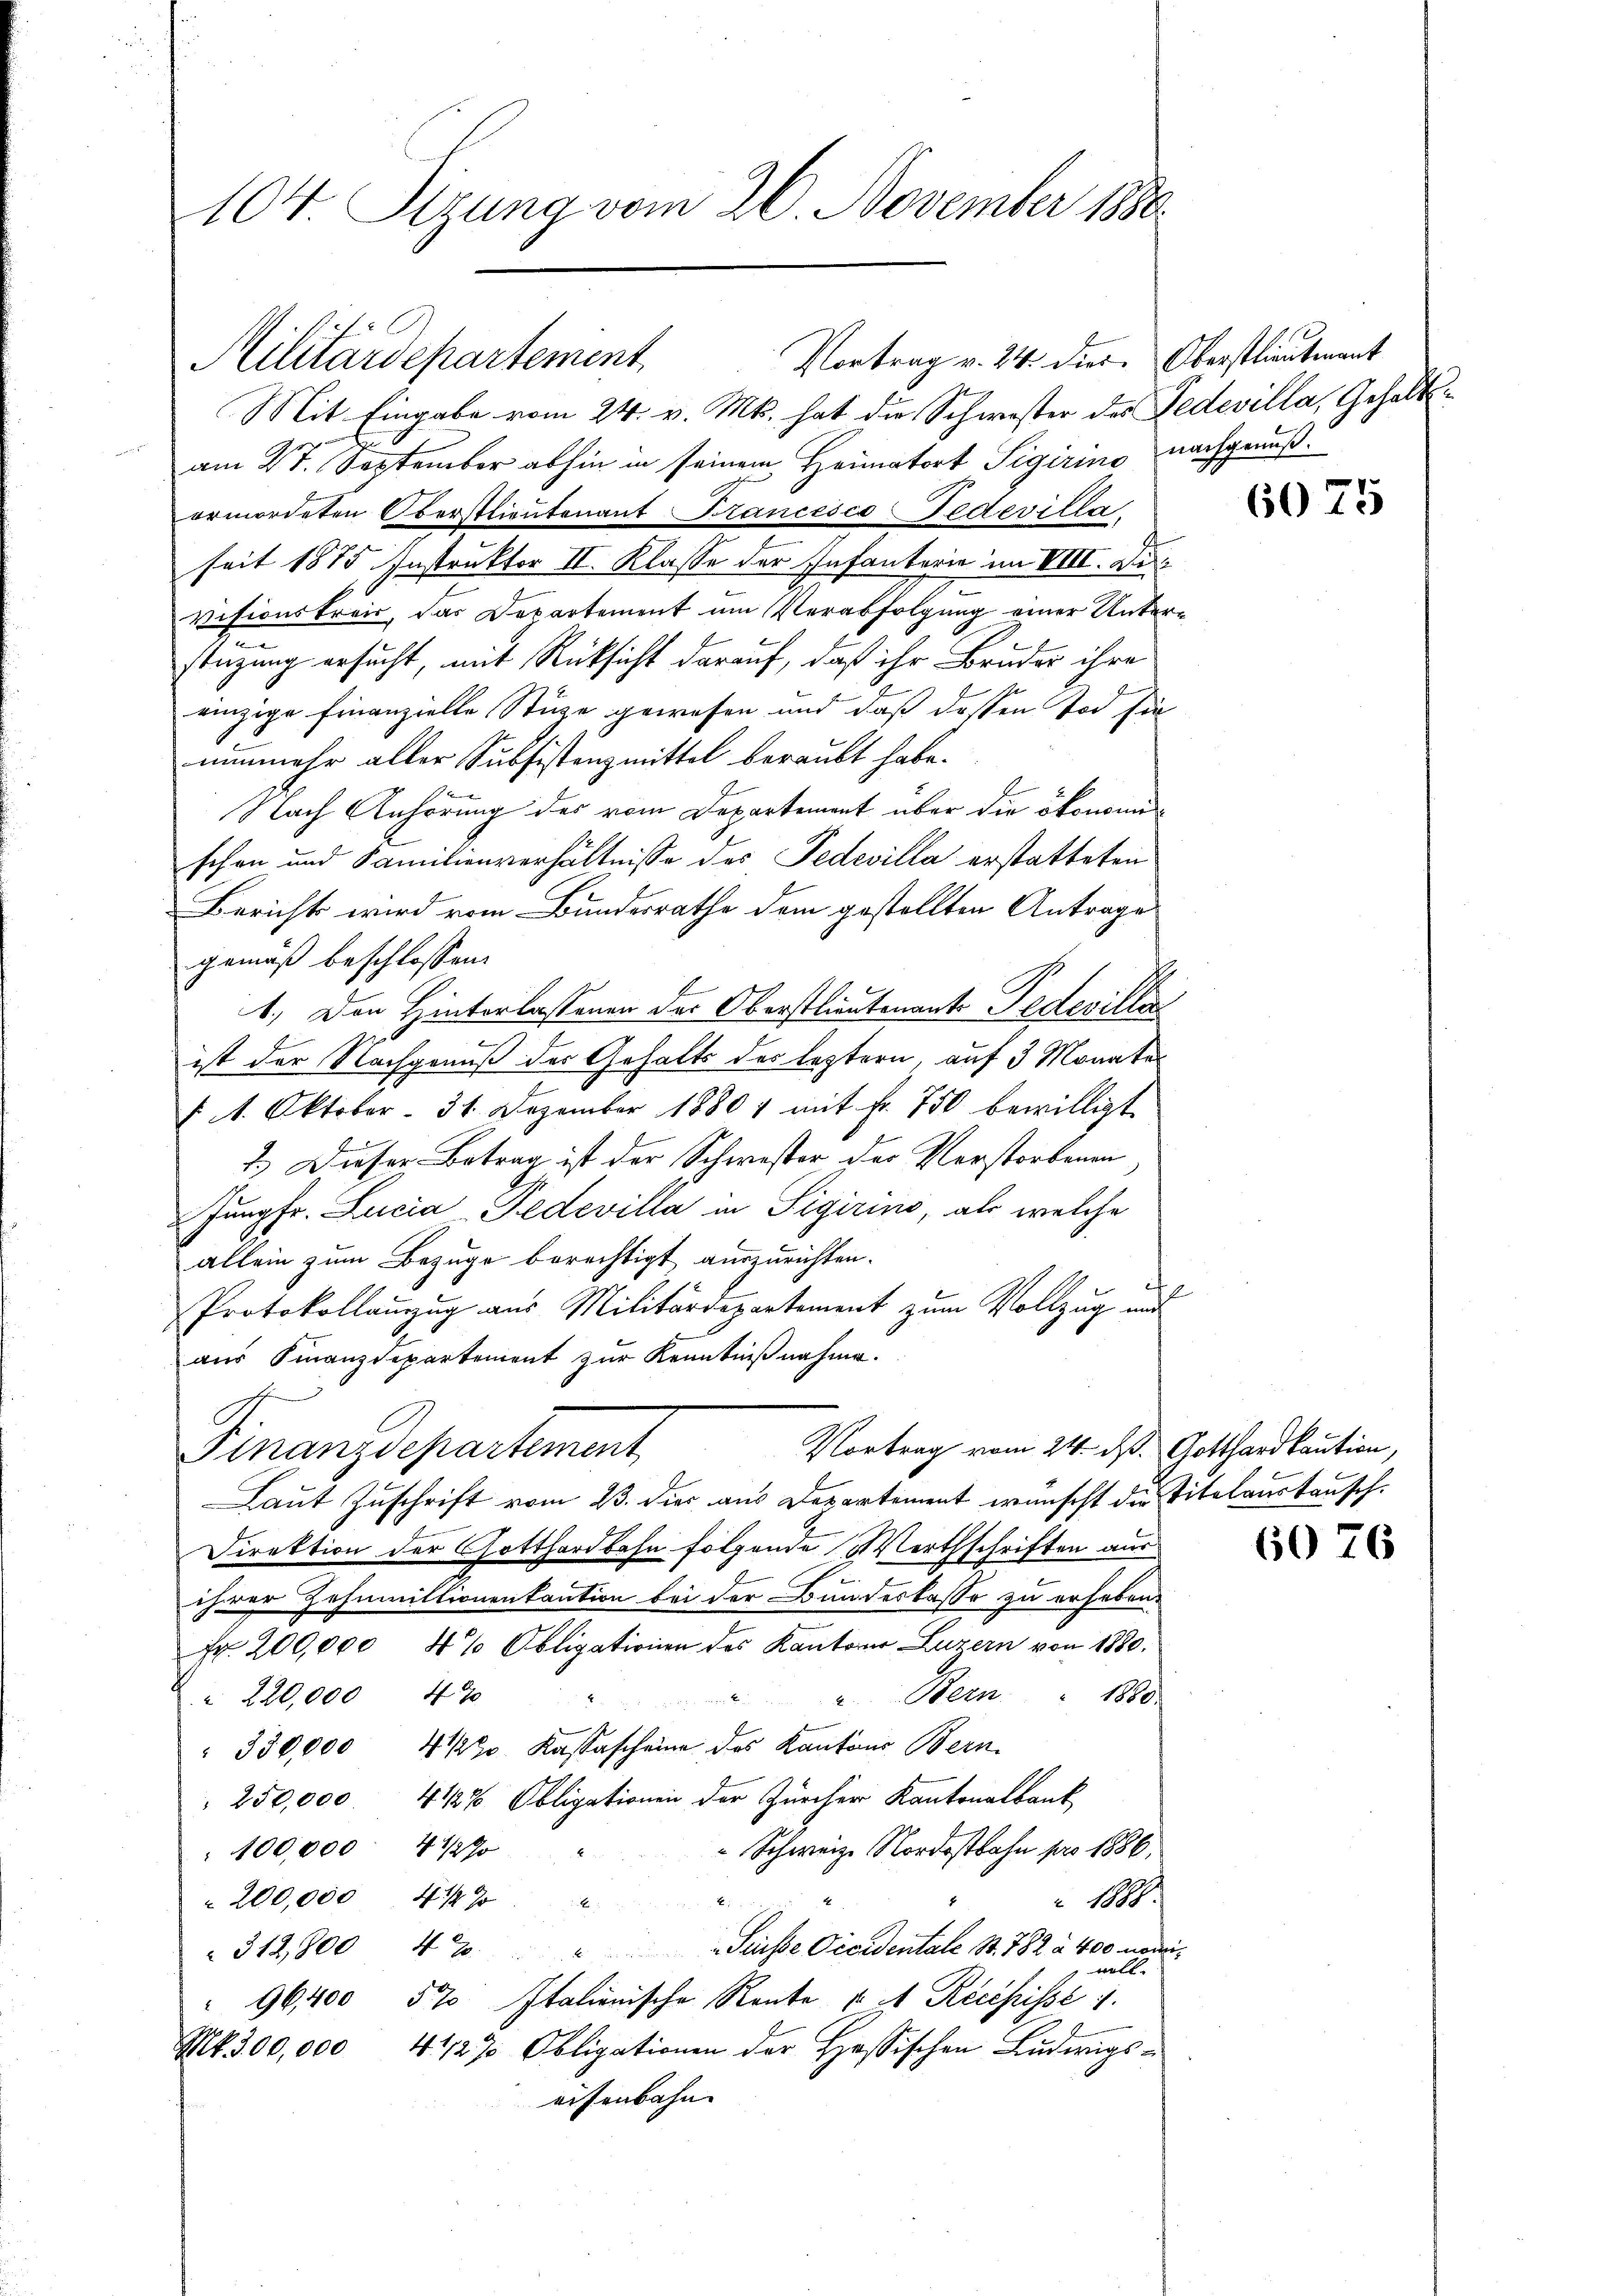
104 Sitzung vom 26. November 1880.

Vortrag v. 24. dies. Oberstlieutenant
Militärdepartement

Mit Eingabe vom 24. v. Mts. hat die Schwester der Fedevilla, Gehalt
am 27. September abhin in seinem Heimatort Sigirino nachgenußermordeten Oberstlieutenant FrancescoFedevilla
seit 1875. Instruktor II. Klasse der Infanterie im VIII. Di
visionskreis, das Departement um Verabfolgung einer Unter
stüzung ersucht, mit Rücksicht darauf, daß ihr Bruder ihre
einzige Finanzielle Stüze gewesen und daß dessen Tod sie
nunmehr aller Subsistenzmittel beraubt habe.
Nach Anhörung des vom Departement über die ökonomischon und Familienverhältnisse des Tedevilla erstatteten
Berichts wird vom Bundesrathe dem gestellten Antrages
gemäß beschlossen:
1.) Den Hinterlassenen des Oberstlieutenante Pedeviller
ist der Nachgenuß der Gehalts des leztern auf 3 Monates
§ 1. Oktober - 31. Dezember 18801 mit fr. 750 bewilligt
2.) Dieser Betrag ist der Schwester der Verstorbenen
Jungfr. Lucia-Tedevilla in Sigirino, als welche
allein zum Bezuge berechtigt auszurichten.
i
Protokollanzug aus Militärdepartement zum Vollzug und
aus Finanzdepartement zur Kenntnißnahme.
Vortrag vom 24. ds. Gotthardkaution,
Finanzdepartement,
Laut Zuschrift vom 23. dies aus Departement wünscht der Titelaustausch.
Direktion der Gotthardbahn folgende Werthschriften aus
ihrer Zahnmittionenkaution bei der Bundeskasse zu erheben.
Fr. 200,000 4 % Obligationen des Kantons Luzern von 1880.
 Bern 1880
" 220,000 470
 330,000 4 1/20 Kassascheine des Kantons Bern.
250,000. 4 1/2% Obligationen der Zürcher Kantonalbank
Schweiz. Nordostbahn pro 1886.
100,000 4 1/2 %
 200,000 4 1/2 J
 1888.
d
Sausse Occidentale S. 782 à 400 nomm
312,800 42.
woll
96,400 57 Italienische Rente u. A. Recepisse 1.
Mt. 300,000, 412 7 Obligationen der Hassischen Ludwigseisenbahn

t

6075

60 76